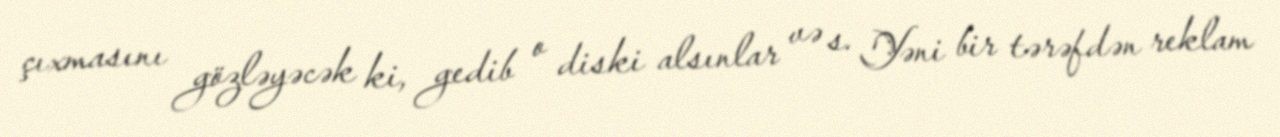
çıxmasını gözləyəcək ki, gedib o diski alsınlar və s. Yəni bir tərəfdən reklam